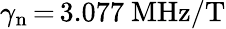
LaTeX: \gamma_{\mathrm{n}}\, {=}\, 3.077~\mathrm{MHz/T}